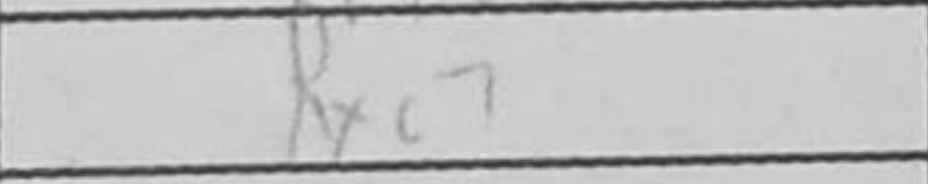
Transcription: Rxc7